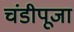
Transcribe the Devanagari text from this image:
चंडीपूजा